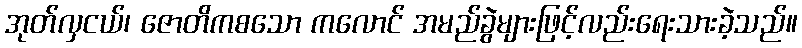
အုတ်လှငယ်၊ ဇောတိကစသော ကလောင် အမည်ခွဲများဖြင့်လည်းရေးသားခဲ့သည်။